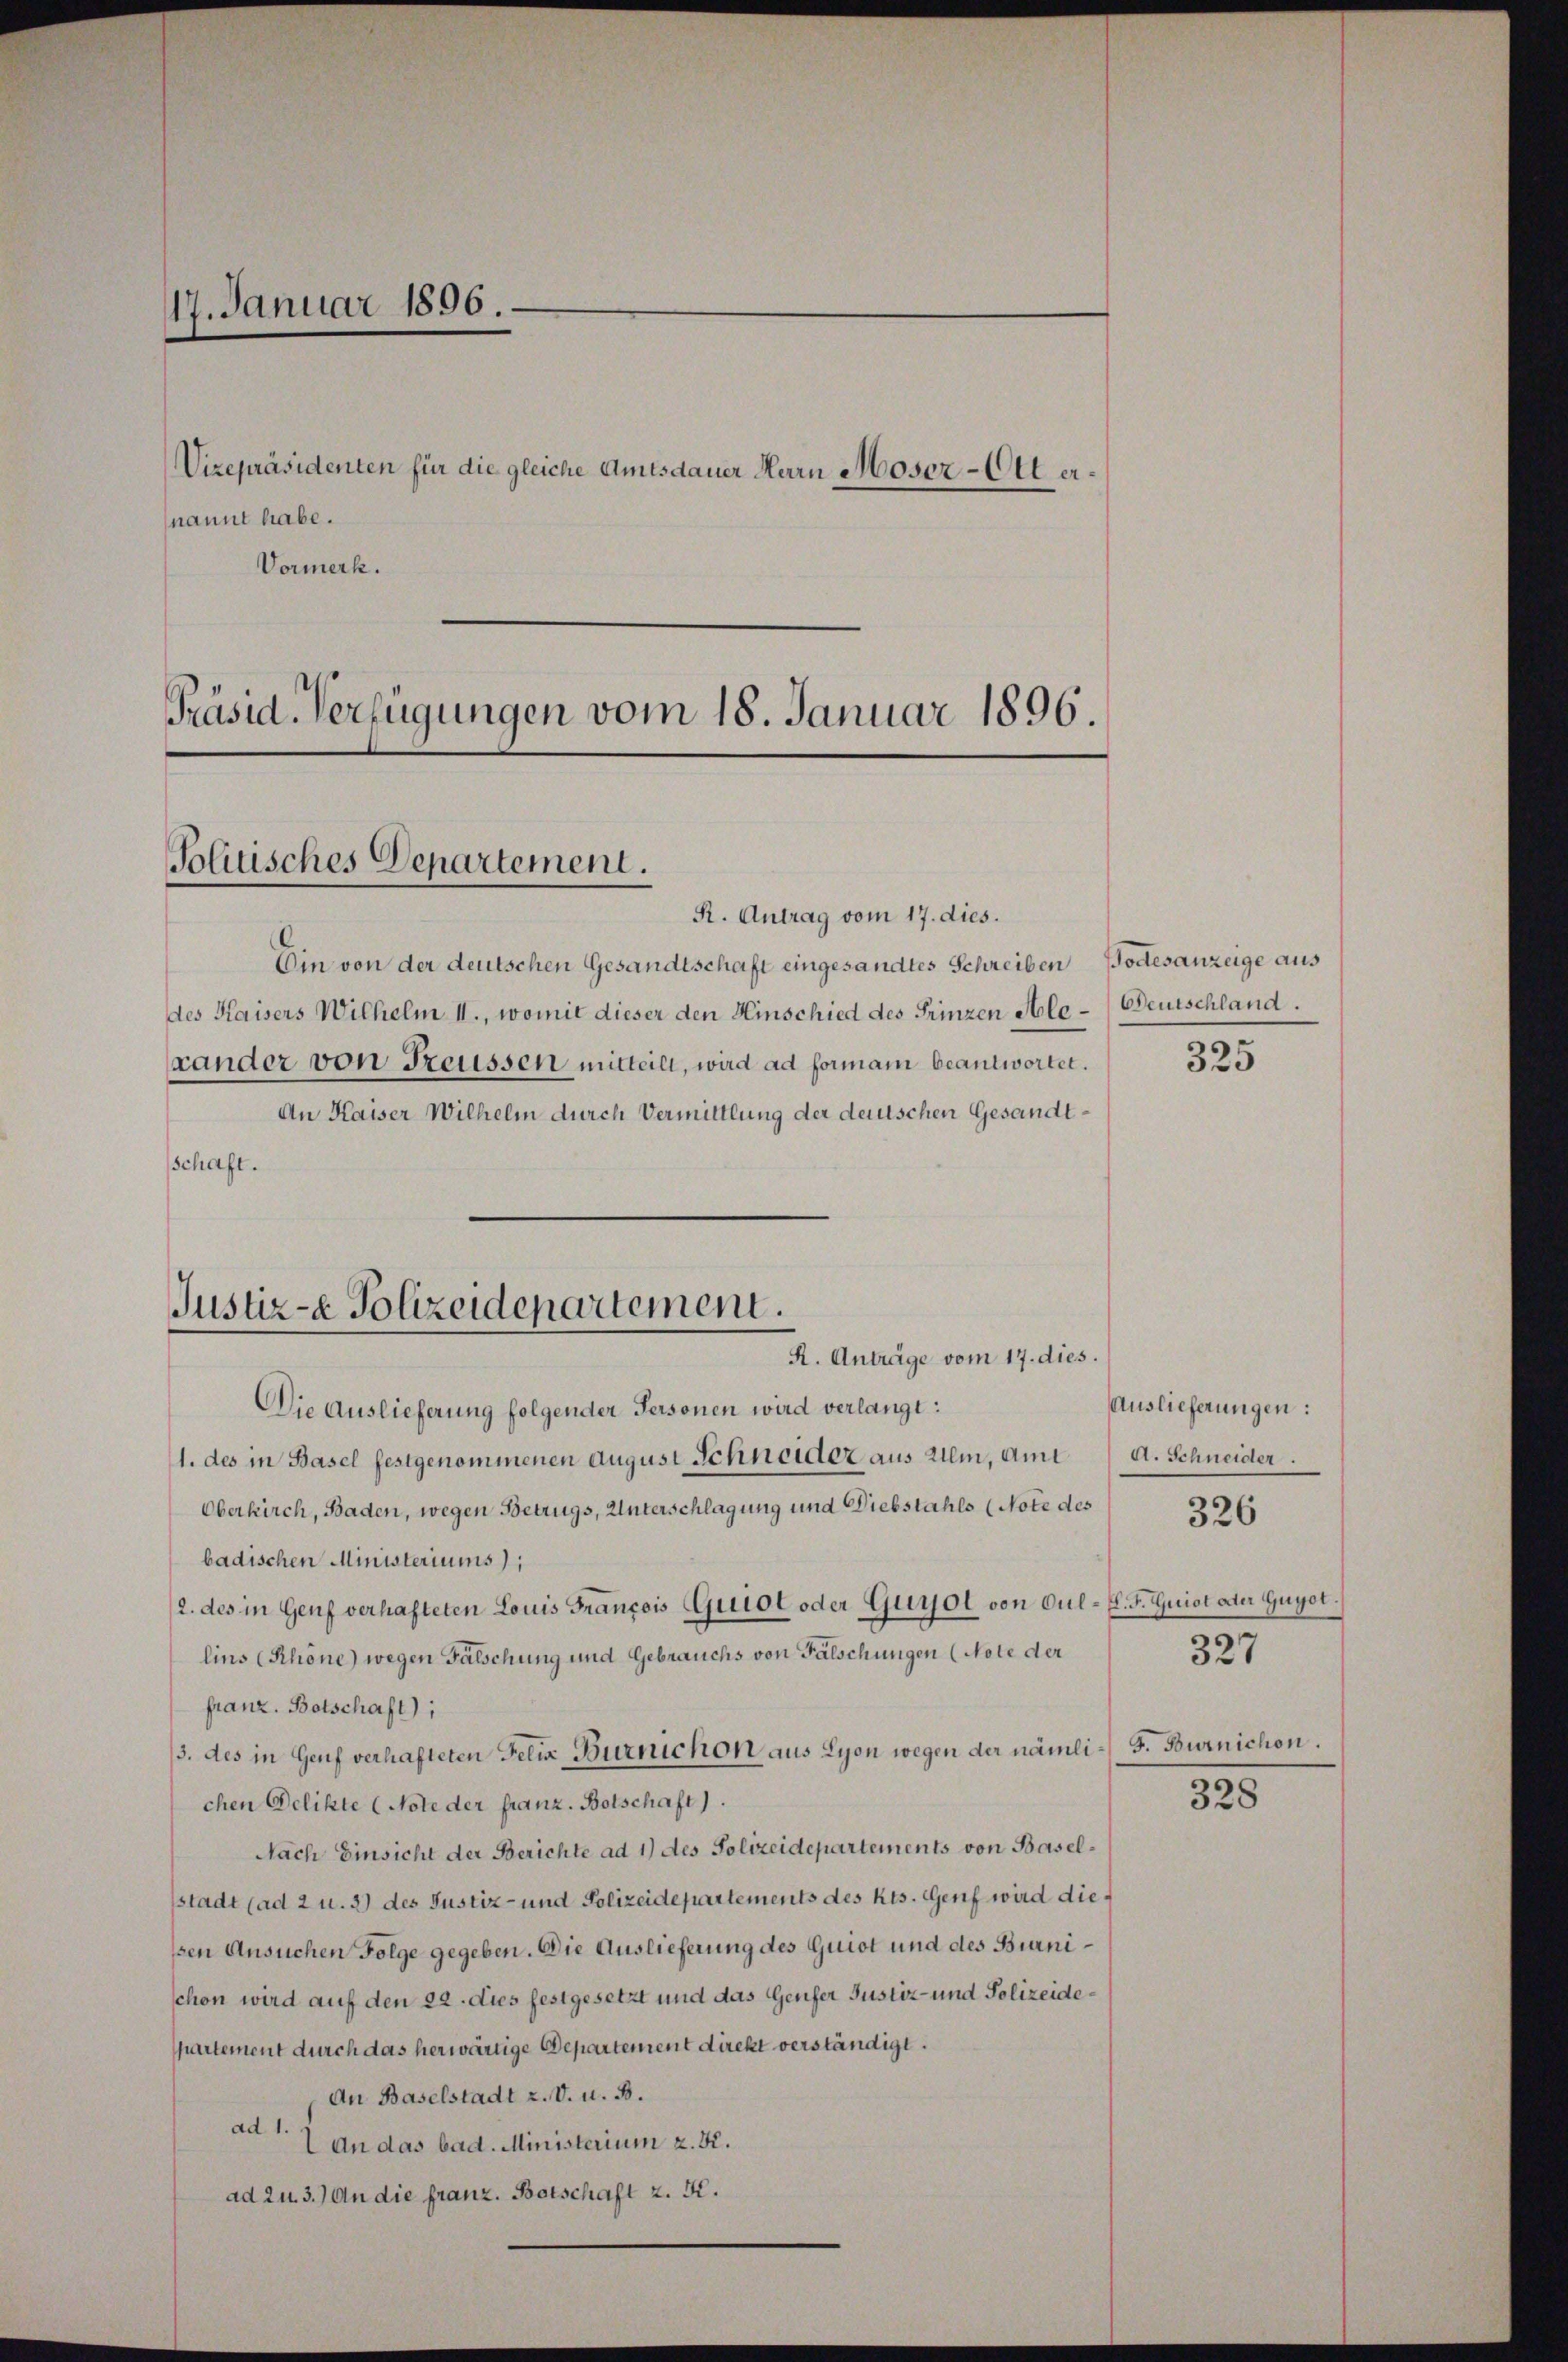
17. Januar 1896.

nannt habe.
Vormerk.

Vizepräsidenten für die gleiche Amtsdauer Herrn Moser-Ott er¬

Präsid. Verfügungen vom 18. Januar 1896
Politisches Departement.

Justiz- & Polizeidepartement.

R. Antrag vom 17. dies.
Ein von der deutschen Gesandtschaft eingesandtes Schreiben Todesanzeige aus
des Kaisers Wilhelm II., womit dieser den Hinschied des Prinzen Alexander von Freussen mitteilt, wird ad formani beantwortet.
An Kaiser Wilhelm durch Vermittlung der deutschen Gesandtschaft.
R. Anträge vom 17. dies.
Die Auslieferung folgender Personen wird verlangt:
1. des in Basel festgenommenen August Schneider aus alem, amt
Oberkirch, Baden, wegen Betrugs, Unterschlagung und Diebstahls (Note des
badischen Ministeriums);
(2. des in Genf verhafteten Louis François Griot oder Gugol von Gul-El. F. Quist oder Gugot.
lins (Rhöne) wegen Fälschung und Gebrauchs von Fälschungen (Note der
franz. Botschaft);
3. des in Genf verhafteten Felix Burnichon aus Lyon wegen der nämli-F. Burnichen.
chen Delikte (Note der franz. Botschaft).
Nach Einsicht der Berichte ad 1) des Polizeidepartements von Baselsstadt (ad 2 u. 3) des Justiz- und Polizeidepartements des Kts. Genf wird diessen Ansuchen Folge gegeben. Die Auslieferung des Quiot und des Burnischon wird auf den 22. dies festgesetzt und das Genfer Justiz- und Polizeidepartement durch das herwärtige Departement direkt verständigt.
An Baselstadt u. V. u. B.
a 7 an das bad. Ministerium u. Kr.
ad zu 3.) An die franz. Botschaft z. K.

Deutschland.

325

Auslieferungen:
A. Schneider.
327

326

328